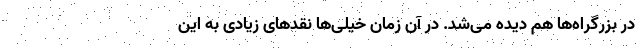
در بزرگراه‌ها هم دیده می‌شد. در آن زمان خیلی‌ها نقدهای زیادی به این